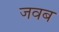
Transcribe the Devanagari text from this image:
जवब